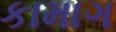
કામાગ